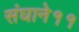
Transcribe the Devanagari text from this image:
संघाने११